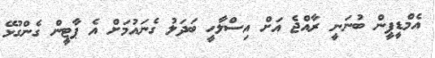
އެމްޑީޕީން ބުނަނީ ރާއްޖެ އަށް އިސްލާހީ ބަދަލު ގެނައުމަށް އެ ޕާޓީން ގެންގުޅޭ